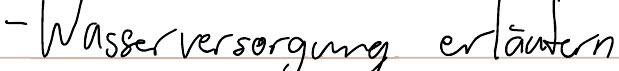
- Wasserversorgung erläutern